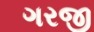
ગરજી